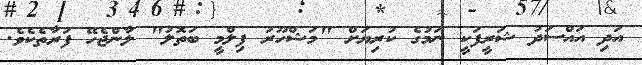
އަދި އައްސަދު ޝަރީފަކީ ނަމުގެ ކުރިޔަށް "މަޝްހޫރު ފިލްމީ ބަތޮލު" ލާންޖެހޭ ފަރާތެކެވެ.